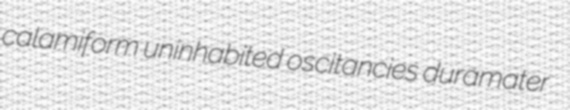
calamiform uninhabited oscitancies duramater